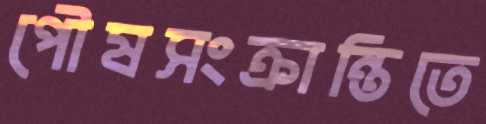
পৌষসংক্রান্তিতে